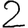
Digit: 2